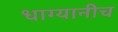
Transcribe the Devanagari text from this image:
धाग्यानीच